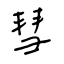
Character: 彗